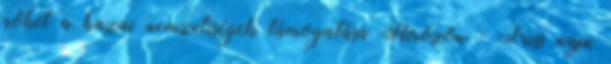
nőhet a hazai nemzetiségek támogatása Hírözön - Friss napi